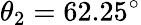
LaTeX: \theta_{2}=62.25^{\circ}